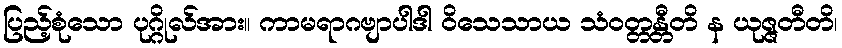
ပြည့်စုံသော ပုဂ္ဂိုလ်အား။ ကာမရာဂဗျာပါဒါ ဝိသေသာယ သံဝတ္တန္တီတိ န ယုဇ္ဇတီတိ၊